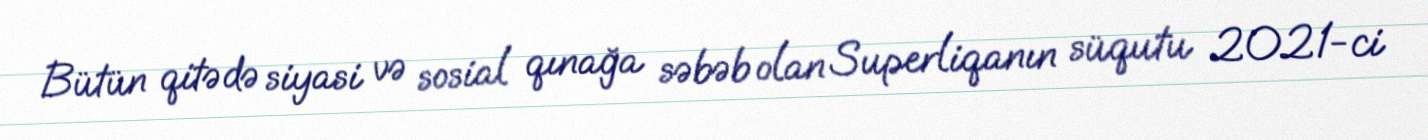
Bütün qitədə siyasi və sosial qınağa səbəb olan Superliqanın süqutu 2021-ci